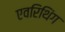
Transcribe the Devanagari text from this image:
एवरिथिंग